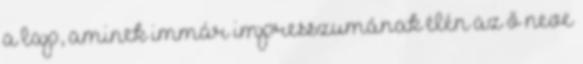
a lap, aminek immár impresszumának élén az ő neve